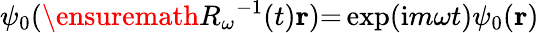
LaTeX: \psi_{0}(\ensuremath{R_{\omega}}^{-1}(t)\mathbf{r}){=}\exp(\mathrm{i}m\omega t)\psi_{0}(\mathbf{r})